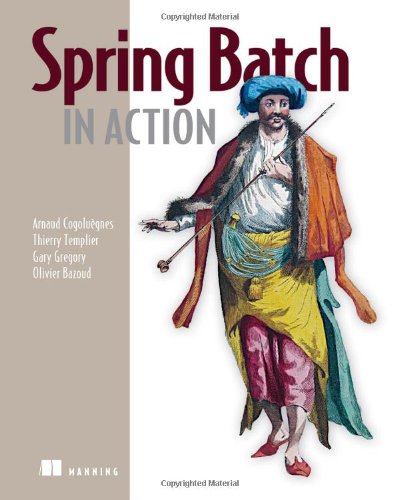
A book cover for Spring Batch in Action; Arnaud Cogoluegnes; Computers & Technology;